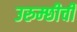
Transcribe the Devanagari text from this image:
उरुम्छीची